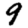
Digit: 9